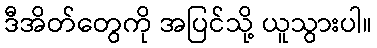
ဒီအိတ်တွေကို အပြင်သို့ ယူသွားပါ။